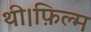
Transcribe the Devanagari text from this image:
थी।फ़िल्म